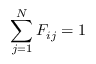
\sum _ { j = 1 } ^ { N } F _ { i j } = 1